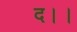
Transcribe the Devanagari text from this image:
द।।